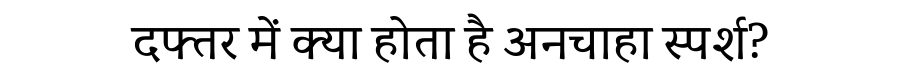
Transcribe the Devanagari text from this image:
दफ्तर में क्या होता है अनचाहा स्पर्श?